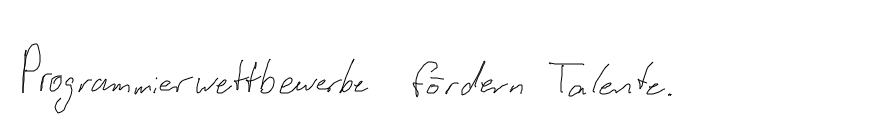
Programmierwettbewerbe fördern Talente.